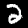
Digit: 2